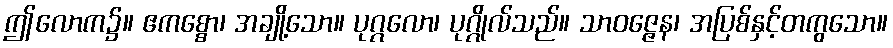
ဤလောက၌။ ဧကစ္စော၊ အချို့သော။ ပုဂ္ဂလော၊ ပုဂ္ဂိုလ်သည်။ သာဝဇ္ဇေန၊ အပြစ်နှင့်တကွသော။